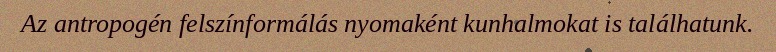
Az antropogén felszínformálás nyomaként kunhalmokat is találhatunk.